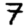
Digit: 7